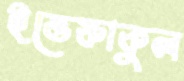
ইত্তেফাকুল